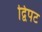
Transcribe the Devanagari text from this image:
द्विपट